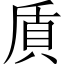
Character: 貭